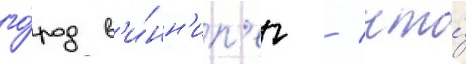
го́род в'и́нн'ип'ег / что́